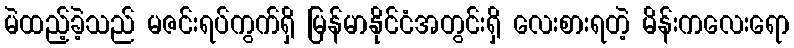
မဲထည့်ခဲ့သည် မဇင်းရပ်ကွက်ရှိ မြန်မာနိုင်ငံအတွင်းရှိ လေးစားရတဲ့ မိန်းကလေးရော